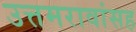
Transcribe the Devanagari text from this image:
उत्तमरावांसह